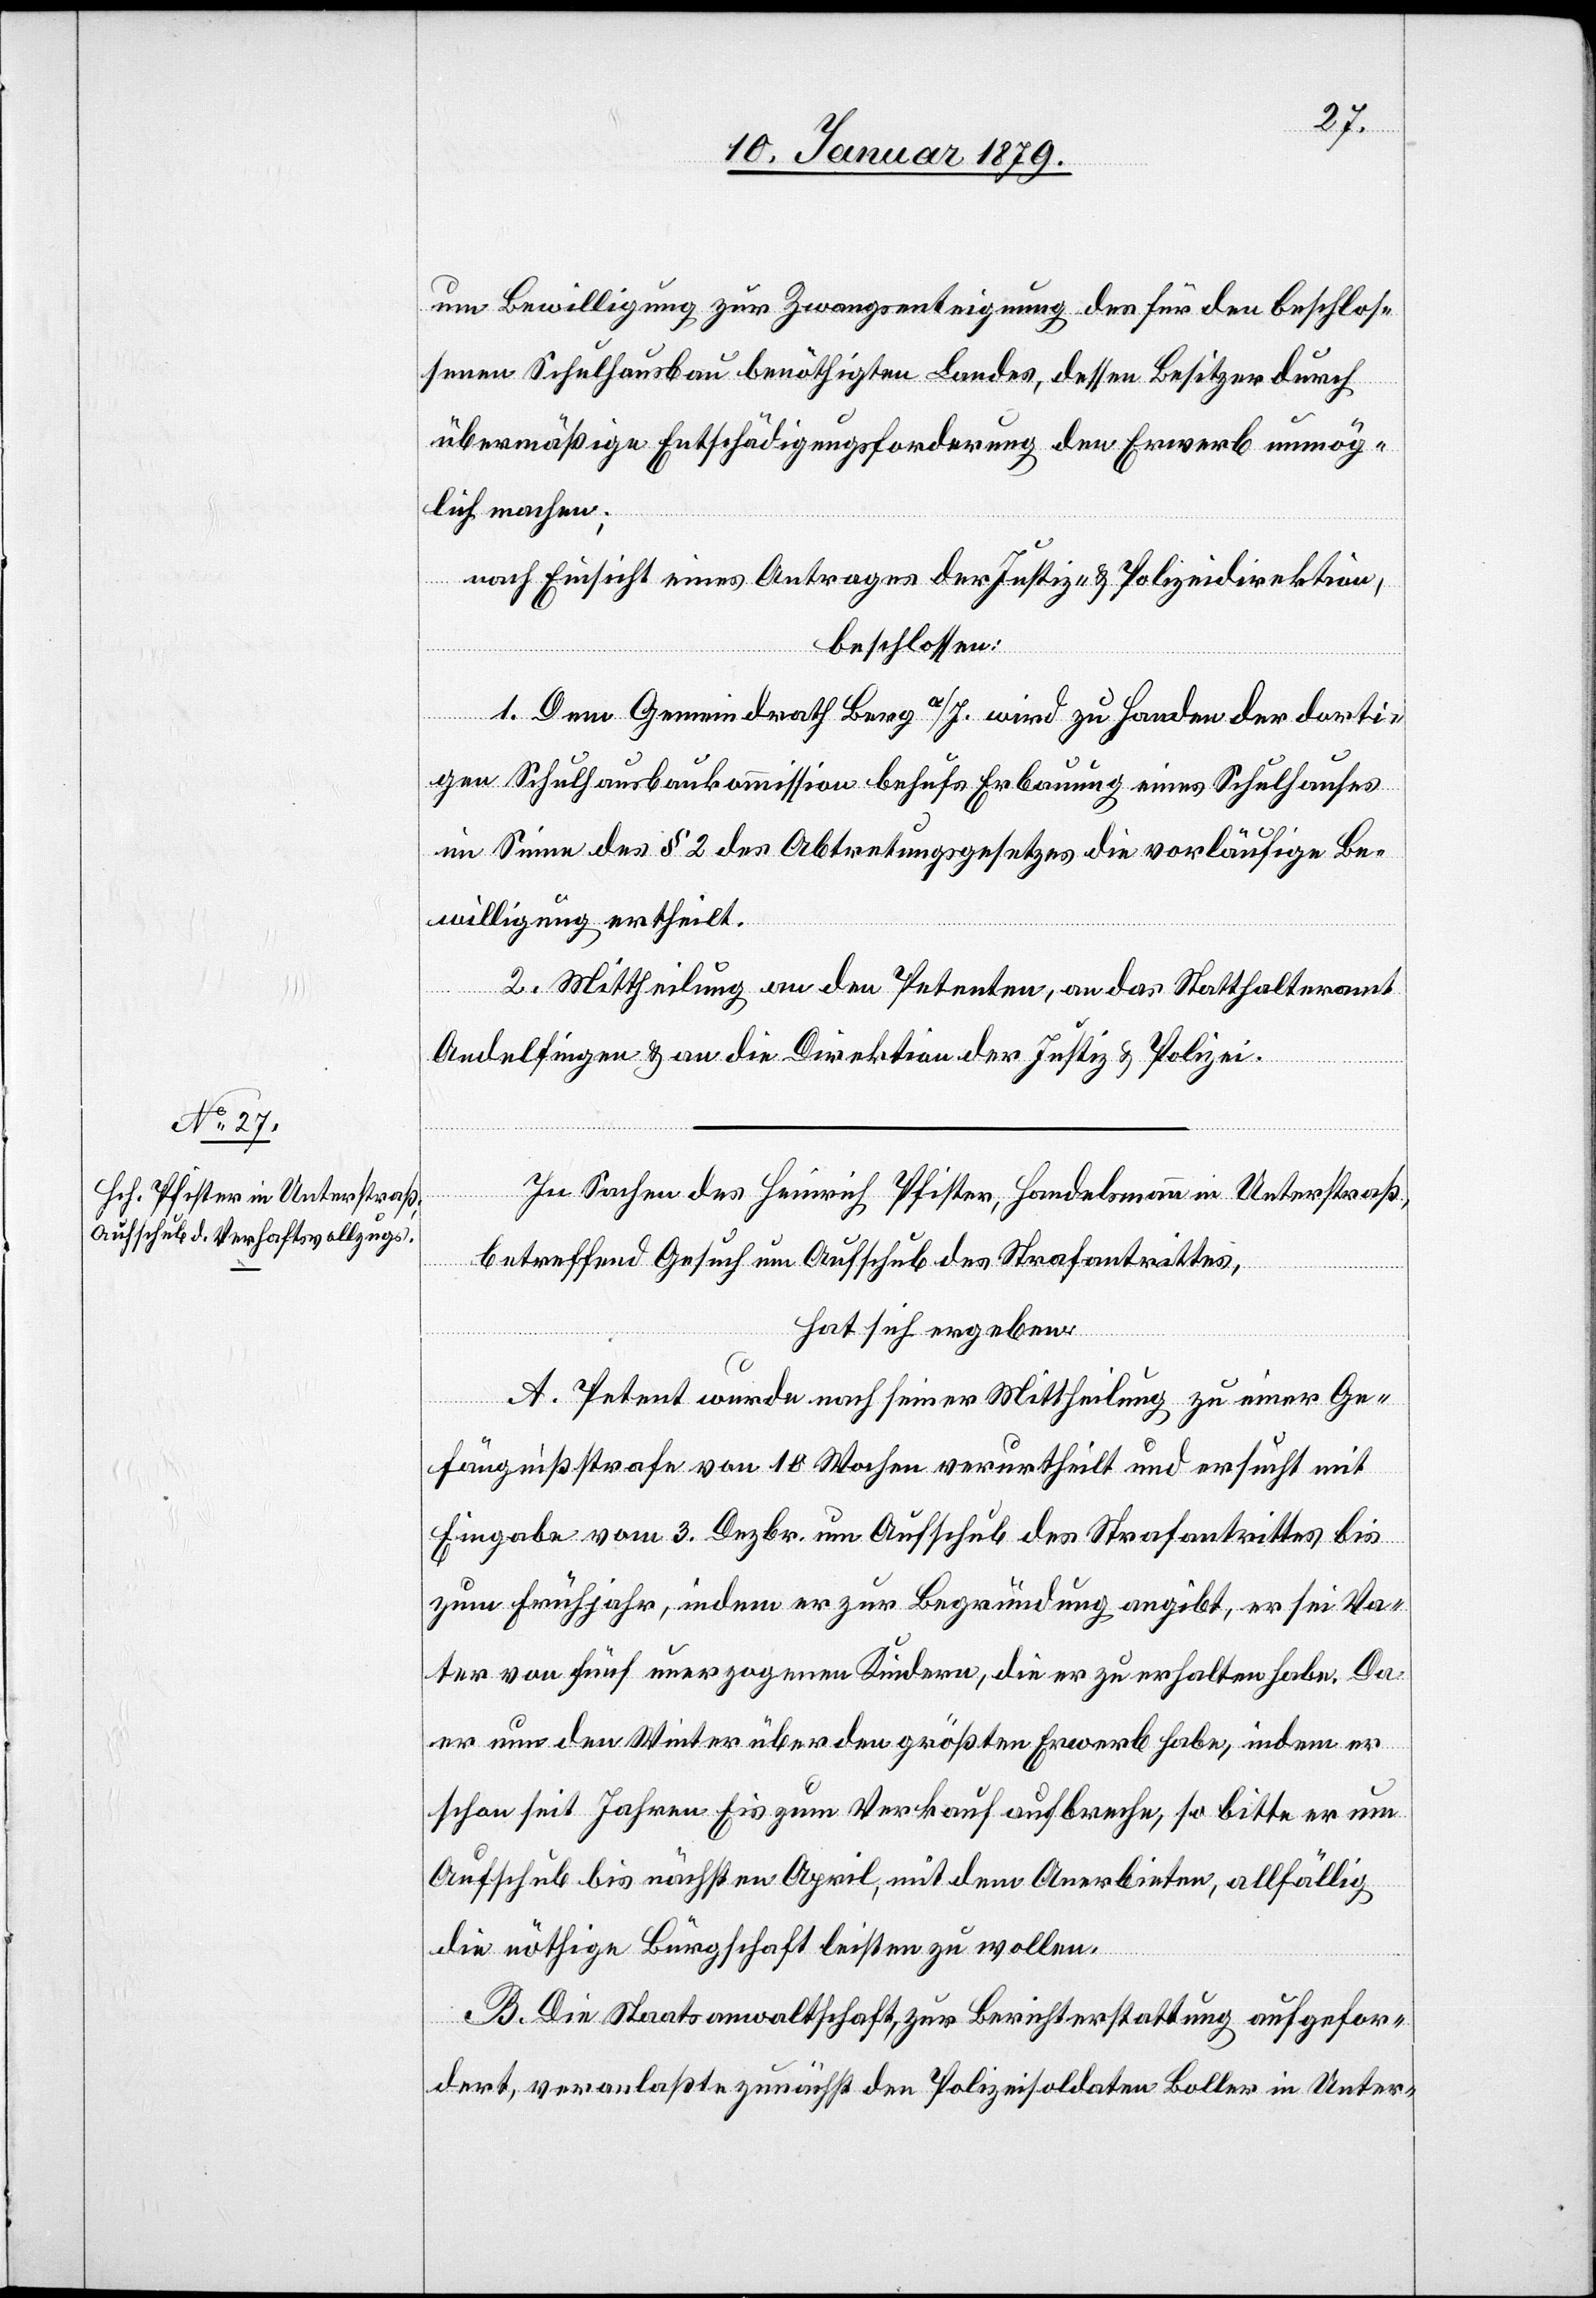
um Bewilligung zur Zwangsenteignung des für den beschlos¬
senen Schulhausbau benöthigten Landes, dessen Besitzer durch
übermäßige Entschädigungsforderung den Erwerb unmög¬
lich machen;
nach Einsicht eines Antrages der Justiz- & Polizeidirektion,
beschlossen:
1. Dem Gemeindrath Berg a/I. wird zu Handen der dorti¬
gen Schulhausbaukommission behufs Erbauung eines Schulhauses
im Sinne des § 2 des Abtretungsgesetzes die vorläufige Be¬
willigung ertheilt.
2. Mittheilung an den Petenten, an das Statthalteramt
Andelfingen & an die Direktion der Justiz & Polizei.
In Sachen des Heinrich Pfister, Handelsmann in Unterstraß,
betreffend Gesuch um Aufschub des Strafantrittes,
hat sich ergeben:
A. Petent wurde nach seiner Mittheilung zu einer Ge¬
fängnißstrafe von 18 Wochen verurtheilt und ersucht mit
Eingabe vom 3. Dezbr. um Aufschub des Strafantrittes bis
zum Frühjahr, indem er zur Begründung angibt, er sei Va¬
ter von fünf unerzogenen Kindern, die er zu erhalten habe. Da
er nun den Winter über den größten Erwerb habe, indem er
schon seit Jahren Eis zum Verkauf aufbreche, so bitte er um
Aufschub bis nächsten April, mit dem Anerbieten, allfällig
die nöthige Bürgschaft leisten zu wollen.
B. Die Staatsanwaltschaft, zur Berichterstattung aufgefor¬
dert, veranlaßte zunächst den Polizeisoldaten Boller in Unter-